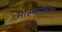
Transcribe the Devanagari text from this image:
माइसीलियम